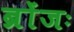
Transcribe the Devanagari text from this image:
ब्रोंजः